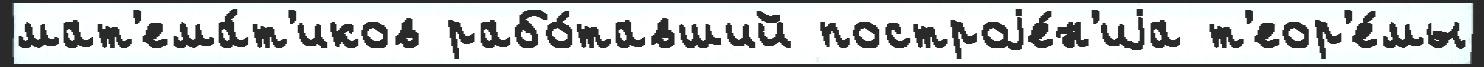
мат'ема́т'иков рабо́тавший построjе́н'иjа т'еор'е́мы